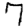
Digit: 7